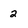
Character: 2